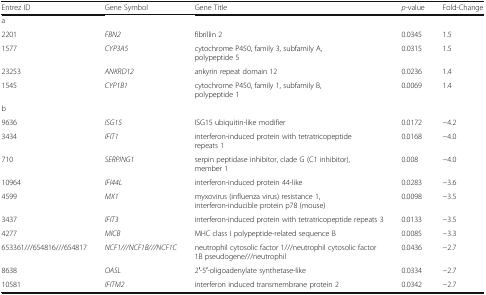
| Entrez ID | Gene Symbol | Gene Title | p-value | Fold-Change |
 | --- | --- | --- | --- | --- |
 | <COLSPAN=5> a |
 | 2201 | FBN2 | fibrillin 2 | 0.0345 | 1.5 |
 | 1577 | CYP3A5 | cytochrome P450, family 3, subfamily A, polypeptide 5 | 0.0315 | 1.5 |
 | 23253 | ANKRD12 | ankyrin repeat domain 12 | 0.0236 | 1.4 |
 | 1545 | CYP1B1 | cytochrome P450, family 1, subfamily B, polypeptide 1 | 0.0069 | 1.4 |
 | <COLSPAN=5> b |
 | 9636 | ISG15 | ISG15 ubiquitin-like modifier | 0.0172 | −4.2 |
 | 3434 | IFIT1 | interferon-induced protein with tetratricopeptide repeats 1 | 0.0168 | −4.0 |
 | 710 | SERPING1 | serpin peptidase inhibitor, clade G (C1 inhibitor), member 1 | 0.008 | −4.0 |
 | 10964 | IFI44L | interferon-induced protein 44-like | 0.0283 | −3.6 |
 | 4599 | MX1 | myxovirus (influenza virus) resistance 1, interferon-inducible protein p78 (mouse) | 0.0098 | −3.5 |
 | 3437 | IFIT3 | interferon-induced protein with tetratricopeptide repeats 3 | 0.0133 | −3.5 |
 | 4277 | MICB | MHC class I polypeptide-related sequence B | 0.0085 | −3.3 |
 | 653361///654816///654817 | NCF1///NCF1B///NCF1C | neutrophil cytosolic factor 1///neutrophil cytosolic factor 1B pseudogene///neutrophil | 0.0436 | −2.7 |
 | 8638 | OASL | 2′-5′-oligoadenylate synthetase-like | 0.0334 | −2.7 |
 | 10581 | IFITM2 | interferon induced transmembrane protein 2 | 0.0342 | −2.7 |